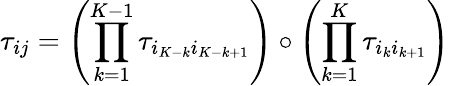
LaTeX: \tau_{ij}=\left(\prod_{k=1}^{K-1}\tau_{i_{K-k}i_{K-k+1}}\right)\circ\left(\prod_{k=1}^{K}\tau_{{i_{k}}i_{k+1}}\right)